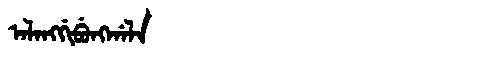
Manchu: ᠠᠯᠠᠩᡤᡳᠪᡠᠩᡤᠠᠯᠠ
Romanization: ALANGGIBUNGGALA